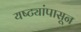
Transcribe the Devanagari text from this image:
यष्ट्यांपासून